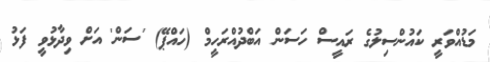
މަޑުއްވަރީ ކައުންސިލުގެ ރައީސް ހަސަން އަބްދުއްރަހީމް (ހައްޕޭ) 'ސަން' އަށް ވިދާޅުވީ ފަޅު